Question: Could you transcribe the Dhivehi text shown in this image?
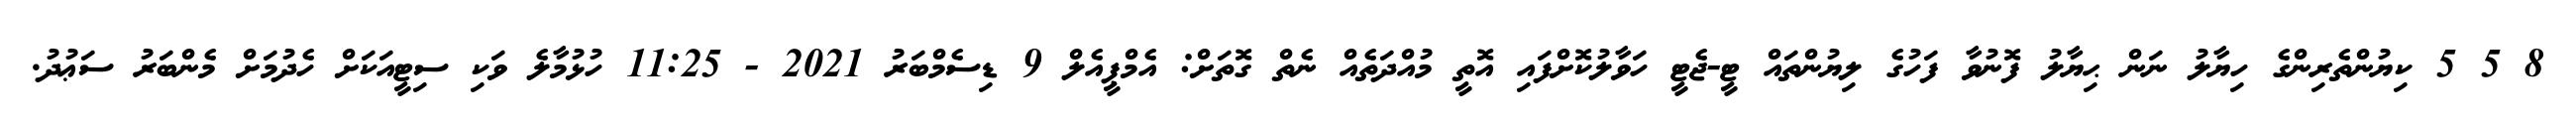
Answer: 8 5 5 ކިޔުންތެރިންގެ ހިޔާލު ނަން ޙިޔާލު ފޮނުވާ ފަހުގެ ލިޔުންތައް ޓީ-ޖެޓީ ހަވާލުކޮށްފައި އޮތީ މުއްދަތެއް ނެތް ގޮތަށް: އެމްޕީއެލް 9 ޑިސެމްބަރު 2021 - 11:25 ހުޅުމާލެ ވަކި ސިޓީއަކަށް ހެދުމަށް މެންބަރު ސަޢުދު.